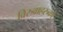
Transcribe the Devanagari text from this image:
विरुवाहरुको